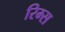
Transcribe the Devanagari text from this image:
रिम्स